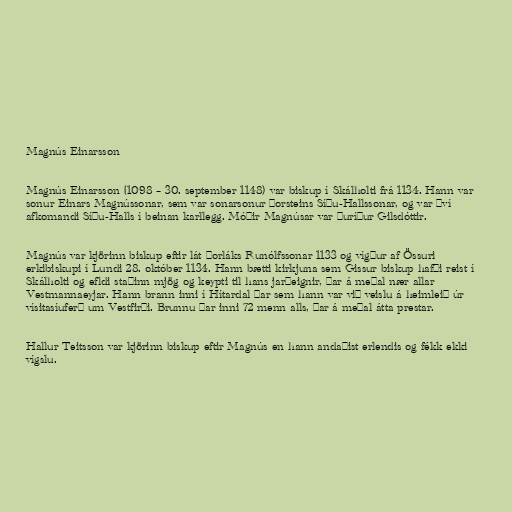
Magnús Einarsson

Magnús Einarsson (1098 – 30. september 1148) var biskup í Skálholti frá 1134. Hann var
sonur Einars Magnússonar, sem var sonarsonur Þorsteins Síðu-Hallssonar, og var því
afkomandi Síðu-Halls í beinan karllegg. Móðir Magnúsar var Þuríður Gilsdóttir.

Magnús var kjörinn biskup eftir lát Þorláks Runólfssonar 1133 og vígður af Össuri
erkibiskupi í Lundi 28. október 1134. Hann bætti kirkjuna sem Gissur biskup hafði reist í
Skálholti og efldi staðinn mjög og keypti til hans jarðeignir, þar á meðal nær allar
Vestmannaeyjar. Hann brann inni í Hítardal þar sem hann var við veislu á heimleið úr
vísitasíuferð um Vestfirði. Brunnu þar inni 72 menn alls, þar á meðal átta prestar.

Hallur Teitsson var kjörinn biskup eftir Magnús en hann andaðist erlendis og fékk ekki
vígslu.